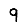
Digit: 9